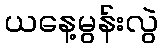
ယနေ့မွန်းလွဲ